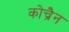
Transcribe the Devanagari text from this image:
कोच्रैन